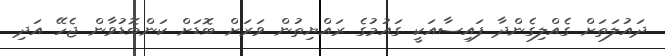
ދައުލަތަށް ގެއްލިގެންދާ ފައިސާއަކީ ގައުމުގެ ރައްޔިތުން ވަރަށް ބޮޑަށް ކަންބޮޑުވާން ޖެހޭ އަދި